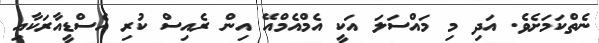
ނެތްކަމަށެވެ. އަދި މި މައްސަލަ އަކީ އެމްއެމްއޭ އިން ރެއިސް ކުރި އެސްޑީއާރަކާއި